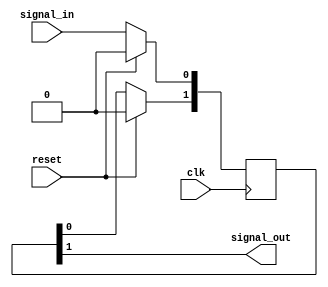
module synchronizer #(
	parameter FF_NUM = 2
)(
	input  wire clk,
	input  wire reset,
	input  wire signal_in,
	output wire signal_out
);

	generate
		if (FF_NUM < 2) begin
			reg [1:0] signal_prev;

			always @ (posedge clk)
				if (reset)
					signal_prev <= 0;
				else begin
					signal_prev[0] <= signal_in;
					signal_prev[1] <= signal_prev[0];
				end

			assign signal_out = signal_prev[1];
		end
		else begin
			reg [FF_NUM - 1:0]	signal_prev	= 0;
			integer					ff_index		= 0;

			always @ (posedge clk)
				if (reset)
					signal_prev <= 0;
				else begin
					signal_prev[0] <= signal_in;

					for (ff_index = 1; ff_index < FF_NUM; ff_index = ff_index + 1'b1)
						signal_prev[ff_index] <= signal_prev[ff_index - 1'b1];
				end

			assign signal_out = signal_prev[FF_NUM - 1'b1];
		end
	endgenerate

endmodule